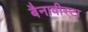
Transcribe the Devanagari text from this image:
बैनावीस्टा